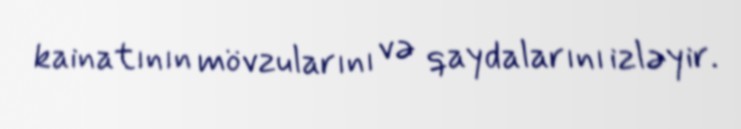
kainatının mövzularını və qaydalarını izləyir.